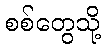
စစ်တွေသို့